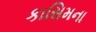
કાસિમના